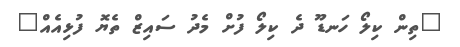
"ތިން ކިލޯ ހަނޑޫ ދެ ކިލޯ ފުށް މެދު ސައިޒް ތެޔޮ ފުޅިއެއް"